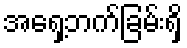
အရှေ့ဘက်ခြမ်းရှိ